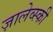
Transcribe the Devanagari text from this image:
ज़ालेव्स्की